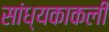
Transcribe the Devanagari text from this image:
सांध्यकाकली